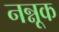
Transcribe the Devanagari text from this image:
नन्नूक